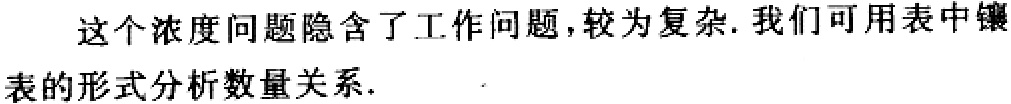
这个浓度问题隐含了工作问题，较为复杂. 我们可用表中镶表的形式分析数量关系.